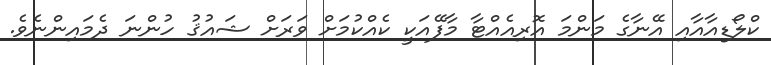
ކްލޯޑިއާއާއި އޭނާގެ މަންމަ އޮރިއެއްޓާ މާފޭއަކީ ކެއްކުމަށް ވަރަށް ޝައުޤު ހުންނަ ދެމައިންނެވެ.